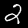
Label: 2